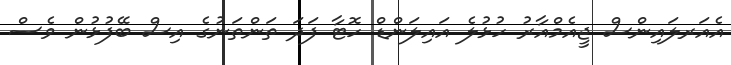
އެއަރލައިންސް ޖީއެމްއާރު ހުޅުލެ އައިލަންޑް ހޮޓާ ފަދަ ތަންތަނުގެ އިސް ބޭފުޅުން ވެސް